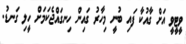
ވީޓީވީ އަށް ގާއުކާ ފައި ބުނީ މިހާރު ގައިން ހިނގައްޖެކަމަށް ހީލި ގަނޑު.